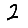
Digit: 2